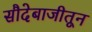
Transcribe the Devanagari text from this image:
सौदेबाजीतून